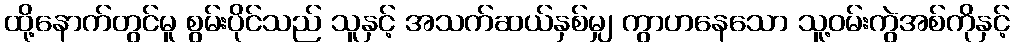
ထို့နောက်တွင်မူ စွမ်းပိုင်သည် သူနှင့် အသက်ဆယ်နှစ်မျှ ကွာဟနေသော သူ့ဝမ်းကွဲအစ်ကိုနှင့်